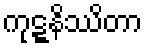
ကုဋ္ဋနိဿိတာ